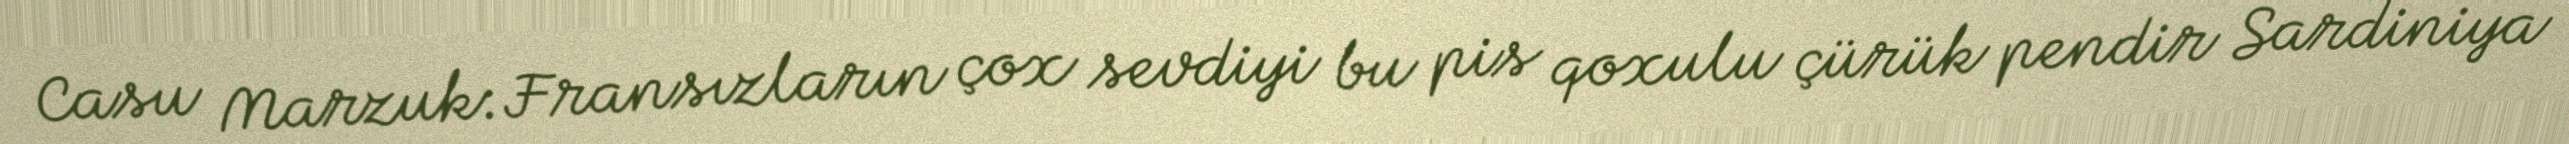
Casu Marzuk:Fransızların çox sevdiyi bu pis qoxulu çürük pendir Sardiniya